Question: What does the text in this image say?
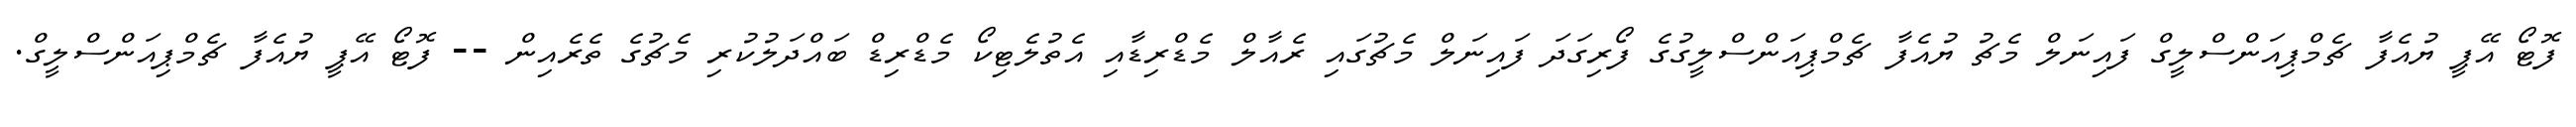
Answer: ފޮޓޯ އޭޕީ ޔުއެފާ ޗެމްޕިއަންސްލީގް ފައިނަލް މެޗު ޔުއެފާ ޗެމްޕިއަންސްލީގުގެ ފޯރިގަދަ ފައިނަލް މެޗުގައި ރެއާލް މެޑްރިޑާއި އެތުލެޓިކޯ މެޑްރިޑް ބައްދަލުކުރި މެޗުގެ ތެރެއިން -- ފޮޓޯ އޭޕީ ޔުއެފާ ޗެމްޕިއަންސްލީގް.